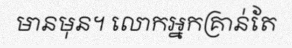
មានមុន។ លោកអ្នកគ្រាន់តែ